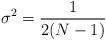
LaTeX: \begin{align*}\sigma^2 = {1\over {2(N-1)}} \end{align*}